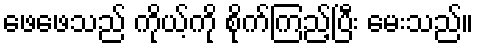
ဖေဖေသည် ကိုယ့်ကို စိုက်ကြည့်ပြီး မေးသည်။